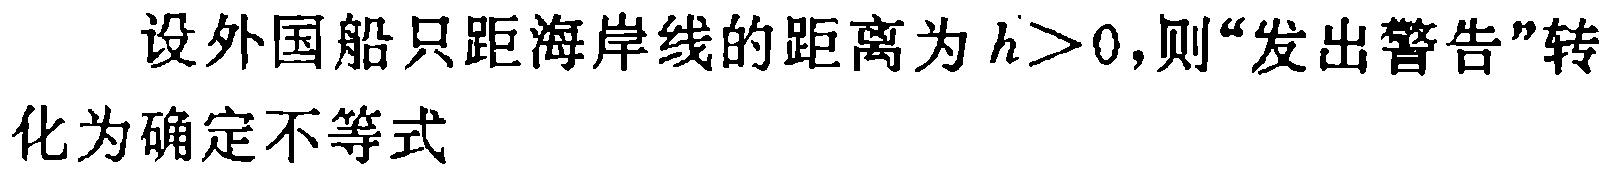
设外国船只距海岸线的距离为\(h>0\)，则“发出警告”转化为确定不等式